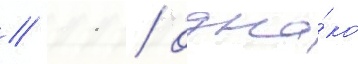
// 11 / одна́ко